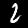
Label: 2